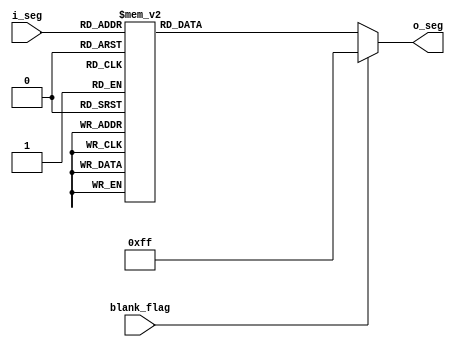
module seg(
    input [3:0] i_seg,
    input blank_flag,
    output reg [7:0] o_seg
);
    parameter blank_value = 8'b0000_0000;
    parameter num0 = 8'b1111_1100;
    parameter num1 = 8'b0110_0000;
    parameter num2 = 8'b1101_1010;
    parameter num3 = 8'b1111_0010;
    parameter num4 = 8'b0110_0110;
    parameter num5 = 8'b1011_0110;
    parameter num6 = 8'b1011_1110;
    parameter num7 = 8'b1110_0000;
    parameter num8 = 8'b1111_1110;
    parameter num9 = 8'b1110_0110;
    parameter numa = 8'b1110_1110;
    parameter numb = 8'b0011_1110;
    parameter numc = 8'b1001_1100;
    parameter numd = 8'b0111_1010;
    parameter nume = 8'b1001_1110;
    parameter numf = 8'b1000_1110;
    
    always @(*) begin
        if(blank_flag) o_seg =  ~blank_value;
        else begin
            case(i_seg)
                4'd0 : o_seg = ~num0;
                4'd1 : o_seg = ~num1;
                4'd2 : o_seg = ~num2;
                4'd3 : o_seg = ~num3;
                4'd4 : o_seg = ~num4;
                4'd5 : o_seg = ~num5;
                4'd6 : o_seg = ~num6;
                4'd7 : o_seg = ~num7;
                4'd8 : o_seg = ~num8;
                4'd9 : o_seg = ~num9;
                4'd10: o_seg = ~numa;
                4'd11: o_seg = ~numb;
                4'd12: o_seg = ~numc;
                4'd13: o_seg = ~numd;
                4'd14: o_seg = ~nume;
                4'd15: o_seg = ~numf;
            endcase
        end
    end
endmodule